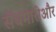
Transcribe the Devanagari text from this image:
सेंधमारीऔर